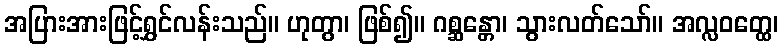
အပြားအားဖြင့်ရွှင်လန်းသည်။ ဟုတွာ၊ ဖြစ်၍။ ဂစ္ဆန္တော၊ သွားလတ်သော်။ အလ္လဝတ္ထေ၊